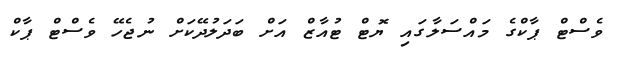
ވެސްޓް ޕާކްގެ މައްސަލާގައި ޔޮޓް ޓުއާޒް އަށް ބަދަލުދޭކަށް ނުޖެހޭ ވެސްޓް ޕާކް